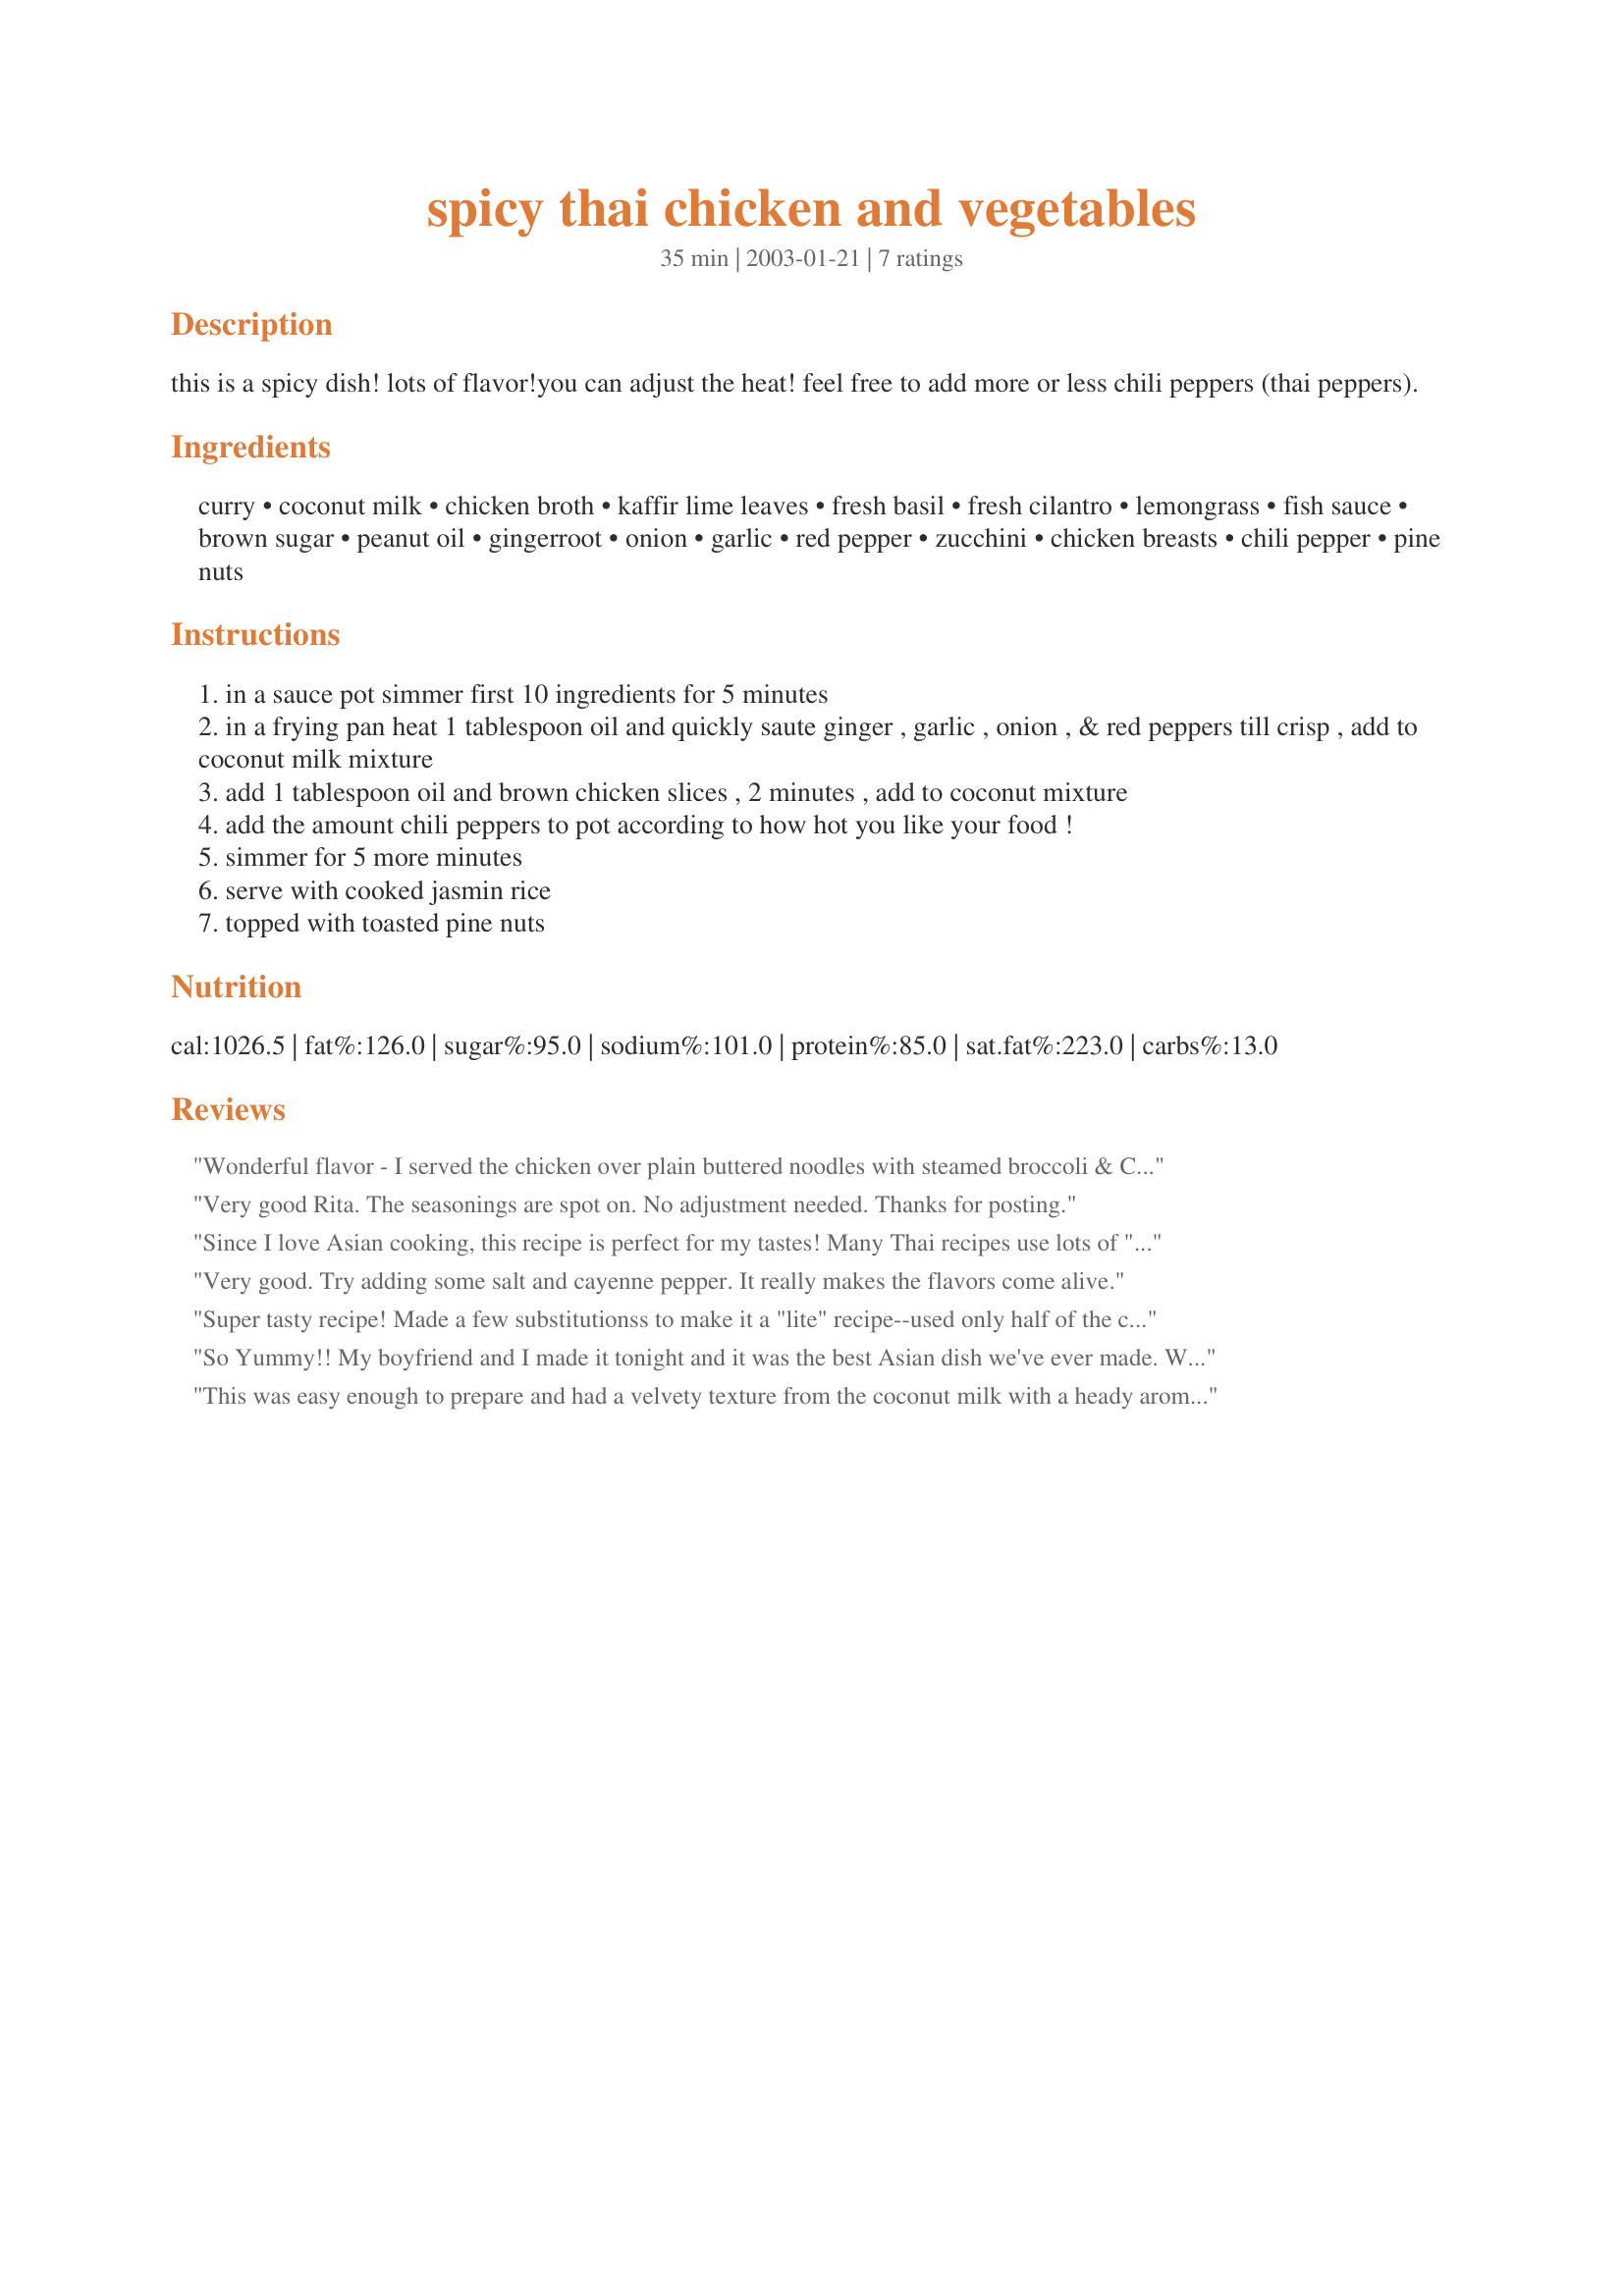
spicy thai chicken and vegetables
Preparation time: 35 minutes

this is a spicy dish! lots of flavor!you can adjust the heat! feel free to add more or less chili peppers (thai peppers).

Ingredients:
curry, coconut milk, chicken broth, kaffir lime leaves, fresh basil, fresh cilantro, lemongrass, fish sauce, brown sugar, peanut oil, gingerroot, onion, garlic, red pepper, zucchini, chicken breasts, chili pepper, pine nuts

Steps:
in a sauce pot simmer first 10 ingredients for 5 minutes
in a frying pan heat 1 tablespoon oil and quickly saute ginger , garlic , onion , & red peppers till crisp , add to coconut milk mixture
add 1 tablespoon oil and brown chicken slices , 2 minutes , add to coconut mixture
add the amount chili peppers to pot according to how hot you like your food !
simmer for 5 more minutes
serve with cooked jasmin rice
topped with toasted pine nuts

Reviews:
Wonderful flavor - I served the chicken over plain buttered noodles with steamed broccoli & Cauliflower on the side. Next time I won't bother with the zucchini I don't think it does much for the flavor.The Pine nuts are a nice touch. I used 4 healthy tsps of hot chili flakes to heat it up and it was perfect. I had to use dried lemon grass ( 1 1/2 tsp) and dried Kafir Lime leaves ( 2) as fresh are not available here. To the chef thank-you and good luck in the contest this recipe is a real winner
Very good Rita. The seasonings are spot on. No adjustment needed. Thanks for posting.
Since I love Asian cooking, this recipe is perfect for my tastes! Many Thai recipes use lots of "Hot" chilis. However, I toned this recipe down a bit by using medium hot peppers. Also, I used less Fish Sauce (which is Anchovies based). If you are looking for the taste of coconut and curry, this is the recipe to try.
Very good. Try adding some salt and cayenne pepper. It really makes the flavors come alive.
Super tasty recipe! Made a few substitutionss to make it a "lite" recipe--used only half of the coconut milk, adding 1/2 tbsp cornstarch to thicken the sauce; and used only 1 tbsp fish sauce (to reduce sodium content and "fish" flavor--our personal preference). Tried it with breasts and thighs, and the breasts taste better. Used a hot, Madras curry powder and the flavors melded well. We will certainly be making this again, and for company in our "international gourmet" group. Have made it with with green and yellow zucchinis (both very colorful), and have tried it substituting galangal powder (1/2 tbsp) for the lemongrass which tasted great also. Thanks,Rita for a fantastic recipe!
So Yummy!! My boyfriend and I made it tonight and it was the best Asian dish we've ever made. We did add snow peas and some extra basil and cilantro than called for. Will definitely make again and again! Thank you!
This was easy enough to prepare and had a velvety texture from the coconut milk with a heady aroma of lemongrass. Very flavorful and nicely Thai in character. Delicious!
